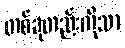
တစ်ခုတည်းကိုသာ